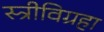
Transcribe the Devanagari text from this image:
स्त्रीविग्रहा